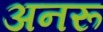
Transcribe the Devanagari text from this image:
अनरू